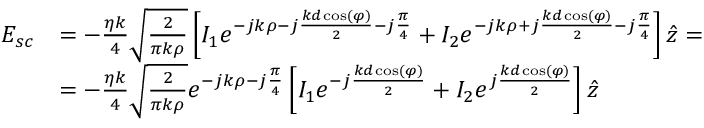
\begin{array} { r l } { \boldsymbol { E _ { s c } } } & { = - \frac { \eta k } { 4 } \sqrt { \frac { 2 } { \pi k \rho } } \left[ I _ { 1 } e ^ { - j k \rho - j \frac { k d \cos ( \varphi ) } { 2 } - j \frac { \pi } { 4 } } + I _ { 2 } e ^ { - j k \rho + j \frac { k d \cos ( \varphi ) } { 2 } - j \frac { \pi } { 4 } } \right] \hat { z } = } \\ & { = - \frac { \eta k } { 4 } \sqrt { \frac { 2 } { \pi k \rho } } e ^ { - j k \rho - j \frac { \pi } { 4 } } \left[ I _ { 1 } e ^ { - j \frac { k d \cos ( \varphi ) } { 2 } } + I _ { 2 } e ^ { j \frac { k d \cos ( \varphi ) } { 2 } } \right] \hat { z } } \end{array}